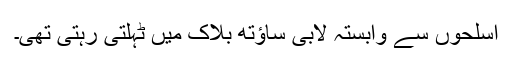
اسلحوں سے وابستہ لابی ساؤتھ بلاک میں ٹہلتی رہتی تھی۔